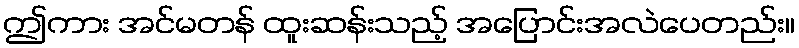
ဤကား အင်မတန် ထူးဆန်းသည့် အပြောင်းအလဲပေတည်း။